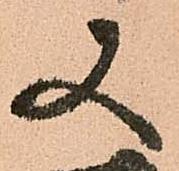
又